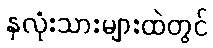
နှလုံးသားများထဲတွင်